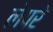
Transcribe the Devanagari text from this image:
लेपरे